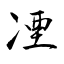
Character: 凐